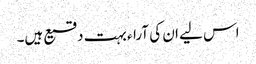
اس لیے ان کی آراء بہت دقیع ہیں۔